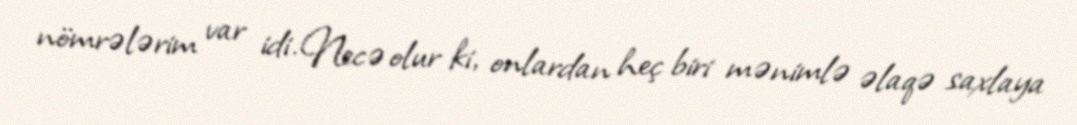
nömrələrim var idi. Necə olur ki, onlardan heç biri mənimlə əlaqə saxlaya